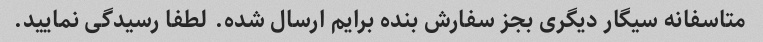
متاسفانه سیگار دیگری بجز سفارش بنده برایم ارسال شده. لطفا رسیدگی نمایید.